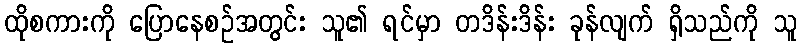
ထိုစကားကို ပြောနေစဉ်အတွင်း သူ၏ ရင်မှာ တဒိန်းဒိန်း ခုန်လျက် ရှိသည်ကို သူ